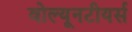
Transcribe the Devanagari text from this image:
वोल्यूनटीयर्स